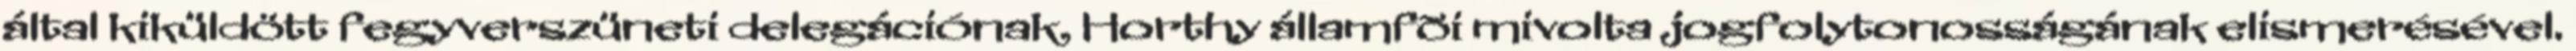
által kiküldött fegyverszüneti delegációnak, Horthy államfõi mivolta jogfolytonosságának elismerésével.